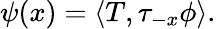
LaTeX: \psi(x)=\langle T,\tau_{-x}\phi\rangle.